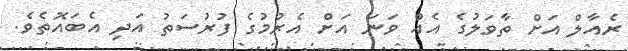
ރެއާލް އަށް ތާވަލުގެ އެއް ވަނަ އަށް އެރުމުގެ ފުރުސަތު އަދި އެބައޮތެވެ.